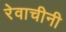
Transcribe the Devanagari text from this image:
रेवाचीनी